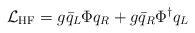
LaTeX: \begin{align*}{\cal L}_{\rm HF}=g\bar{q}_L\Phi q_R+g \bar{q}_R\Phi^\dagger q_L \end{align*}